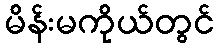
မိန်းမကိုယ်တွင်